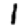
Digit: 1